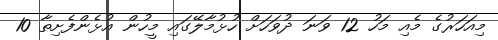
މިއަހަރުގެ މެއި މަހު 12 ވަނަ ދުވަހަށް ހުޅުމާލޭގައި މީހުން އުޅެންފެށިތާ 10